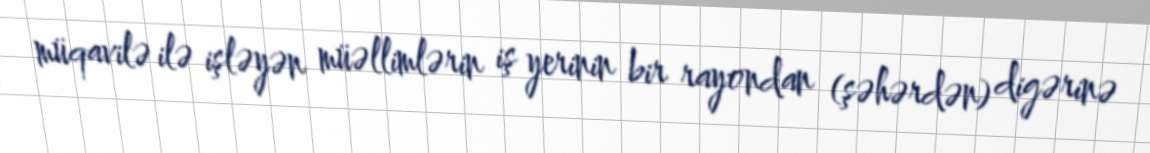
müqavilə ilə işləyən müəllimlərin iş yerinin bir rayondan (şəhərdən) digərinə